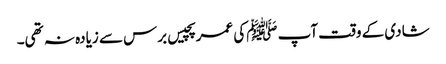
شادی کے وقت آپ ﷺکی عمر پچیس برس سے زیادہ نہ تھی۔